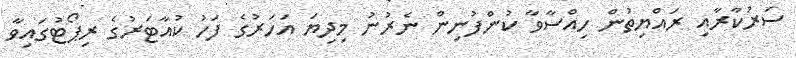
ސަރުކާރާއި ރައްޔިތުން ހިއްސާވާ ކުންފުނިން ނެރުނު މިދިޔަ އަހަރުގެ ފަހު ކުއާޓަރުގެ ރިޕޯޓުގައިވާ